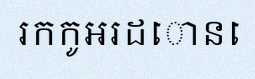
រកកូអរដោនេ